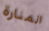
المنارة